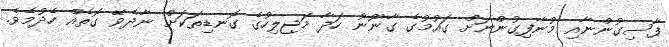
ފާސިގުންނާއި މުނާފިގުންނަށް ގައުމުގެ ގާނޫނު ހަދާ މަޖިލިހުގެ ގޮނޑިތަކަށް ނާދެވޭ ގޮތެއް ހެދުމެވެ.